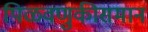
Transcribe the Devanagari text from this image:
पिळवणुकीसमान